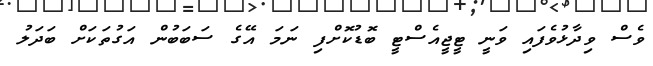
ވެސް ވިދާޅުވެފައި ވަނީ ޓީޖީއެސްޓީ ބޮޑުކޮށްފި ނަމަ އޭގެ ސަބަބުން އަގުތަކަށް ބަދަލު